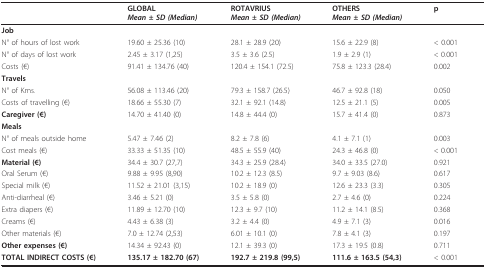
<table><thead><tr><td></td><td><b>GLOBAL<i>Mean ± SD (Median)</i></b></td><td><b>ROTAVRIUS<i>Mean ± SD (Median)</i></b></td><td><b>OTHERS<i>Mean ± SD (Median)</i></b></td><td><b>p</b></td></tr></thead><tbody><tr><td><b>Job</b></td><td></td><td></td><td></td><td></td></tr><tr><td>N° of hours of lost work</td><td>19.60 ± 25.36 (10)</td><td>28.1 ± 28.9 (20)</td><td>15.6 ± 22.9 (8)</td><td>&lt; 0.001</td></tr><tr><td>N° of days of lost work</td><td>2.45 ± 3.17 (1,25)</td><td>3.5 ± 3.6 (2.5)</td><td>1.9 ± 2.9 (1)</td><td>&lt; 0.001</td></tr><tr><td>Costs (€)</td><td>91.41 ± 134.76 (40)</td><td>120.4 ± 154.1 (72.5)</td><td>75.8 ± 123.3 (28.4)</td><td>0.002</td></tr><tr><td><b>Travels</b></td><td></td><td></td><td></td><td></td></tr><tr><td>N° of Kms.</td><td>56.08 ± 113.46 (20)</td><td>79.3 ± 158.7 (26.5)</td><td>46.7 ± 92.8 (18)</td><td>0.050</td></tr><tr><td>Costs of travelling (€)</td><td>18.66 ± 55.30 (7)</td><td>32.1 ± 92.1 (14.8)</td><td>12.5 ± 21.1 (5)</td><td>0.005</td></tr><tr><td><b>Caregiver (€)</b></td><td>14.70 ± 41.40 (0)</td><td>14.8 ± 44.4 (0)</td><td>15.7 ± 41.4 (0)</td><td>0.873</td></tr><tr><td><b>Meals</b></td><td></td><td></td><td></td><td></td></tr><tr><td>N° of meals outside home</td><td>5.47 ± 7.46 (2)</td><td>8.2 ± 7.8 (6)</td><td>4.1 ± 7.1 (1)</td><td>0.003</td></tr><tr><td>Cost meals (€)</td><td>33.33 ± 51.35 (10)</td><td>48.5 ± 55.9 (40)</td><td>24.3 ± 46.8 (0)</td><td>&lt; 0.001</td></tr><tr><td><b>Material (€)</b></td><td>34.4 ± 30.7 (27,7)</td><td>34.3 ± 25.9 (28.4)</td><td>34.0 ± 33.5 (27.0)</td><td>0.921</td></tr><tr><td>Oral Serum (€)</td><td>9.88 ± 9.95 (8,90)</td><td>10.2 ± 12.3 (8.5)</td><td>9.7 ± 9.03 (8.6)</td><td>0.617</td></tr><tr><td>Special milk (€)</td><td>11.52 ± 21.01 (3,15)</td><td>10.2 ± 18.9 (0)</td><td>12.6 ± 23.3 (3.3)</td><td>0.305</td></tr><tr><td>Anti-diarrheal (€)</td><td>3.46 ± 5.21 (0)</td><td>3.5 ± 5.8 (0)</td><td>2.7 ± 4.6 (0)</td><td>0.224</td></tr><tr><td>Extra diapers (€)</td><td>11.89 ± 12.70 (10)</td><td>12.3 ± 9.7 (10)</td><td>11.2 ± 14.1 (8.5)</td><td>0.368</td></tr><tr><td>Creams (€)</td><td>4.43 ± 6.38 (3)</td><td>3.2 ± 4.4 (0)</td><td>4.9 ± 7.1 (3)</td><td>0.016</td></tr><tr><td>Other materials (€)</td><td>7.0 ± 12.74 (2,53)</td><td>6.01 ± 10.1 (0)</td><td>7.8 ± 4.1 (3)</td><td>0.197</td></tr><tr><td><b>Other expenses (€)</b></td><td>14.34 ± 92.43 (0)</td><td>12.1 ± 39.3 (0)</td><td>17.3 ± 19.5 (0.8)</td><td>0.711</td></tr><tr><td><b>TOTAL INDIRECT COSTS (€)</b></td><td><b>135.17 ± 182.70 (67)</b></td><td><b>192.7 ± 219.8 (99,5)</b></td><td><b>111.6 ± 163.5 (54,3)</b></td><td>&lt; 0.001</td></tr></tbody></table>